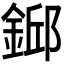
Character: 𨨎